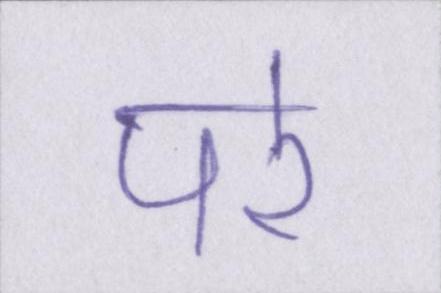
परे